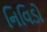
નિવિડો